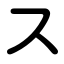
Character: ス